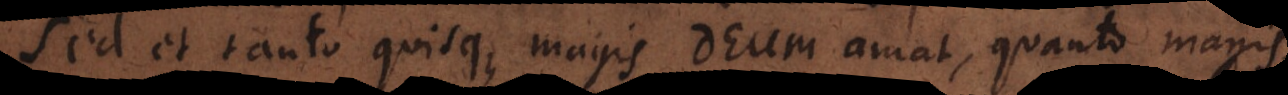
Sed et tanto quisque magis Deum amat, quanto